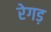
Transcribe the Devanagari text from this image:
रेगड़